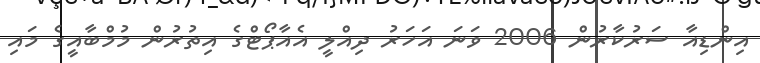
އިންޑިއާ ސަރުކާރުން 2006 ވަނަ އަހަރު ދިއްލީ އެއާޕޯޓްގެ އިތުރުން މުމްބާއީގެ މައި